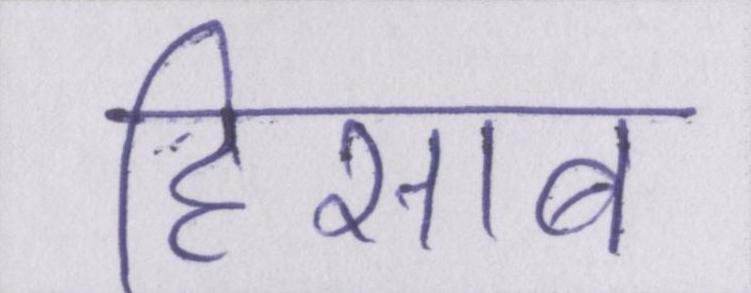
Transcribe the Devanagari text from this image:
हिसाब